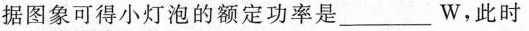
据图象可得小灯泡的额定功率是___W，此时